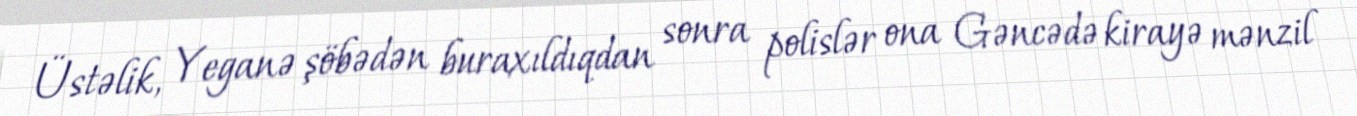
Üstəlik, Yeganə şöbədən buraxıldıqdan sonra polislər ona Gəncədə kirayə mənzil